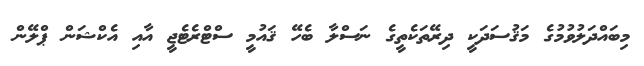
މިބައްދަލުވުމުގެ މަޤުސަދަކީ ދިރޭތަކެތީގެ ނަސްލާ ބެހޭ ޤައުމީ ސްޓްރެޓެޖީ އާއި އެކްޝަން ޕްލޭން